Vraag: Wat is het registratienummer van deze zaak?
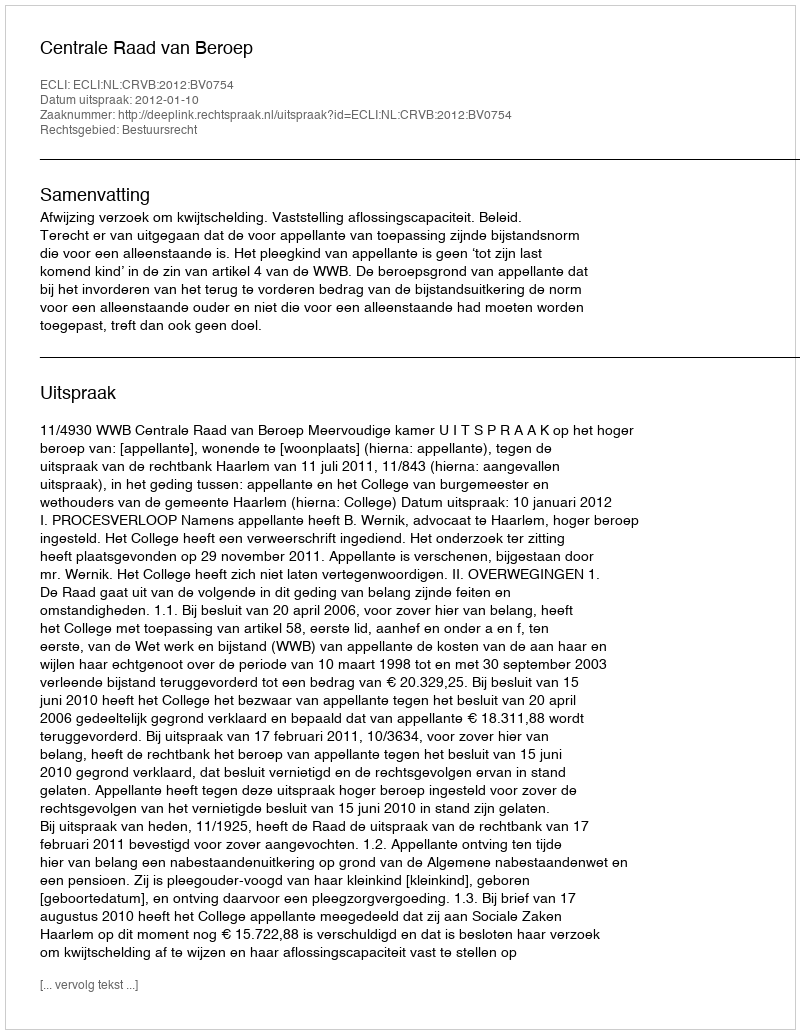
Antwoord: http://deeplink.rechtspraak.nl/uitspraak?id=ECLI:NL:CRVB:2012:BV0754